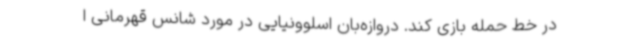
در خط حمله بازی کند. دروازه‌بان اسلوونیایی در مورد شانس قهرمانی ا